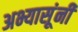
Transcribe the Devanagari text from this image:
अभ्यासूंनी